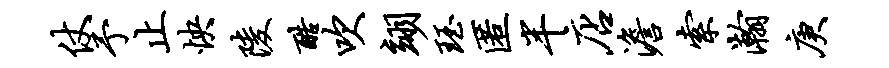
仗予止怏陵酷吹翊珏匿半店澹索瀚庚